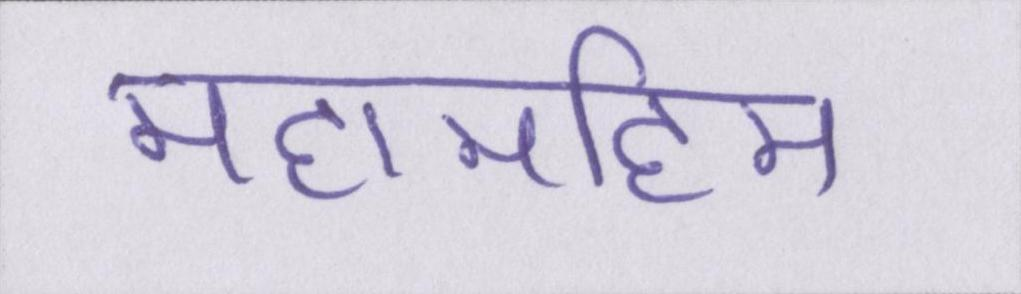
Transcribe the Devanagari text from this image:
महामहिम